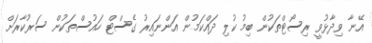
އޭނާ ވިދާޅުވީ ރިސޯޓްތަކުން ބިމު ކުލި ދައްކަމުން އަންނައިރު ގެސްޓް ހައުސްތަކުން ސަރުކާރަށް